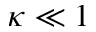
\kappa \ll 1